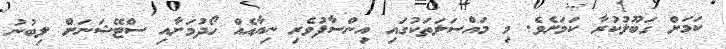
ކަމަށް ގަބޫލުކުރާ ކަމަށެވެ. މި މައްސަލަތަކުގައި އިންސާފުވެރި ނިޔާއެއް ހޯދުމަށާއި ސްޓޭޝަނަށް ލިބުނު